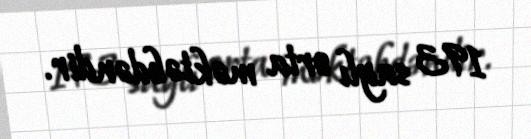
193 saylı orta məktəbdəndir.